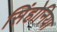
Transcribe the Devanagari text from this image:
सिंहोनिया